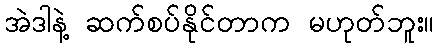
အဲဒါနဲ့ ဆက်စပ်နိုင်တာက မဟုတ်ဘူး။